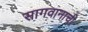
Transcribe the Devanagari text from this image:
सागवानाची